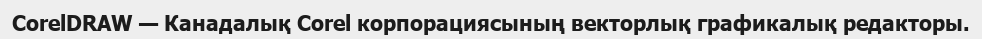
CorelDRAW — Канадалық Corel корпорациясының векторлық графикалық редакторы.